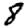
Digit: 8